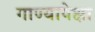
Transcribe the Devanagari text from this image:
गाण्यापेक्षा